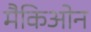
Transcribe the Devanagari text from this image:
मैकिओन